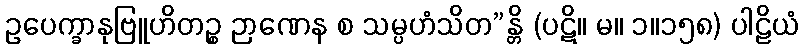
ဥပေက္ခာနုဗြူဟိတဉ္စ ဉာဏေန စ သမ္ပဟံသိတ”န္တိ (ပဋိ။ မ။ ၁။၁၅၈) ပါဠိယံ